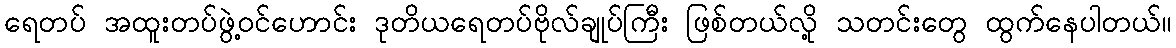
ရေတပ် အထူးတပ်ဖွဲ့ဝင်ဟောင်း ဒုတိယရေတပ်ဗိုလ်ချုပ်ကြီး ဖြစ်တယ်လို့ သတင်းတွေ ထွက်နေပါတယ်။